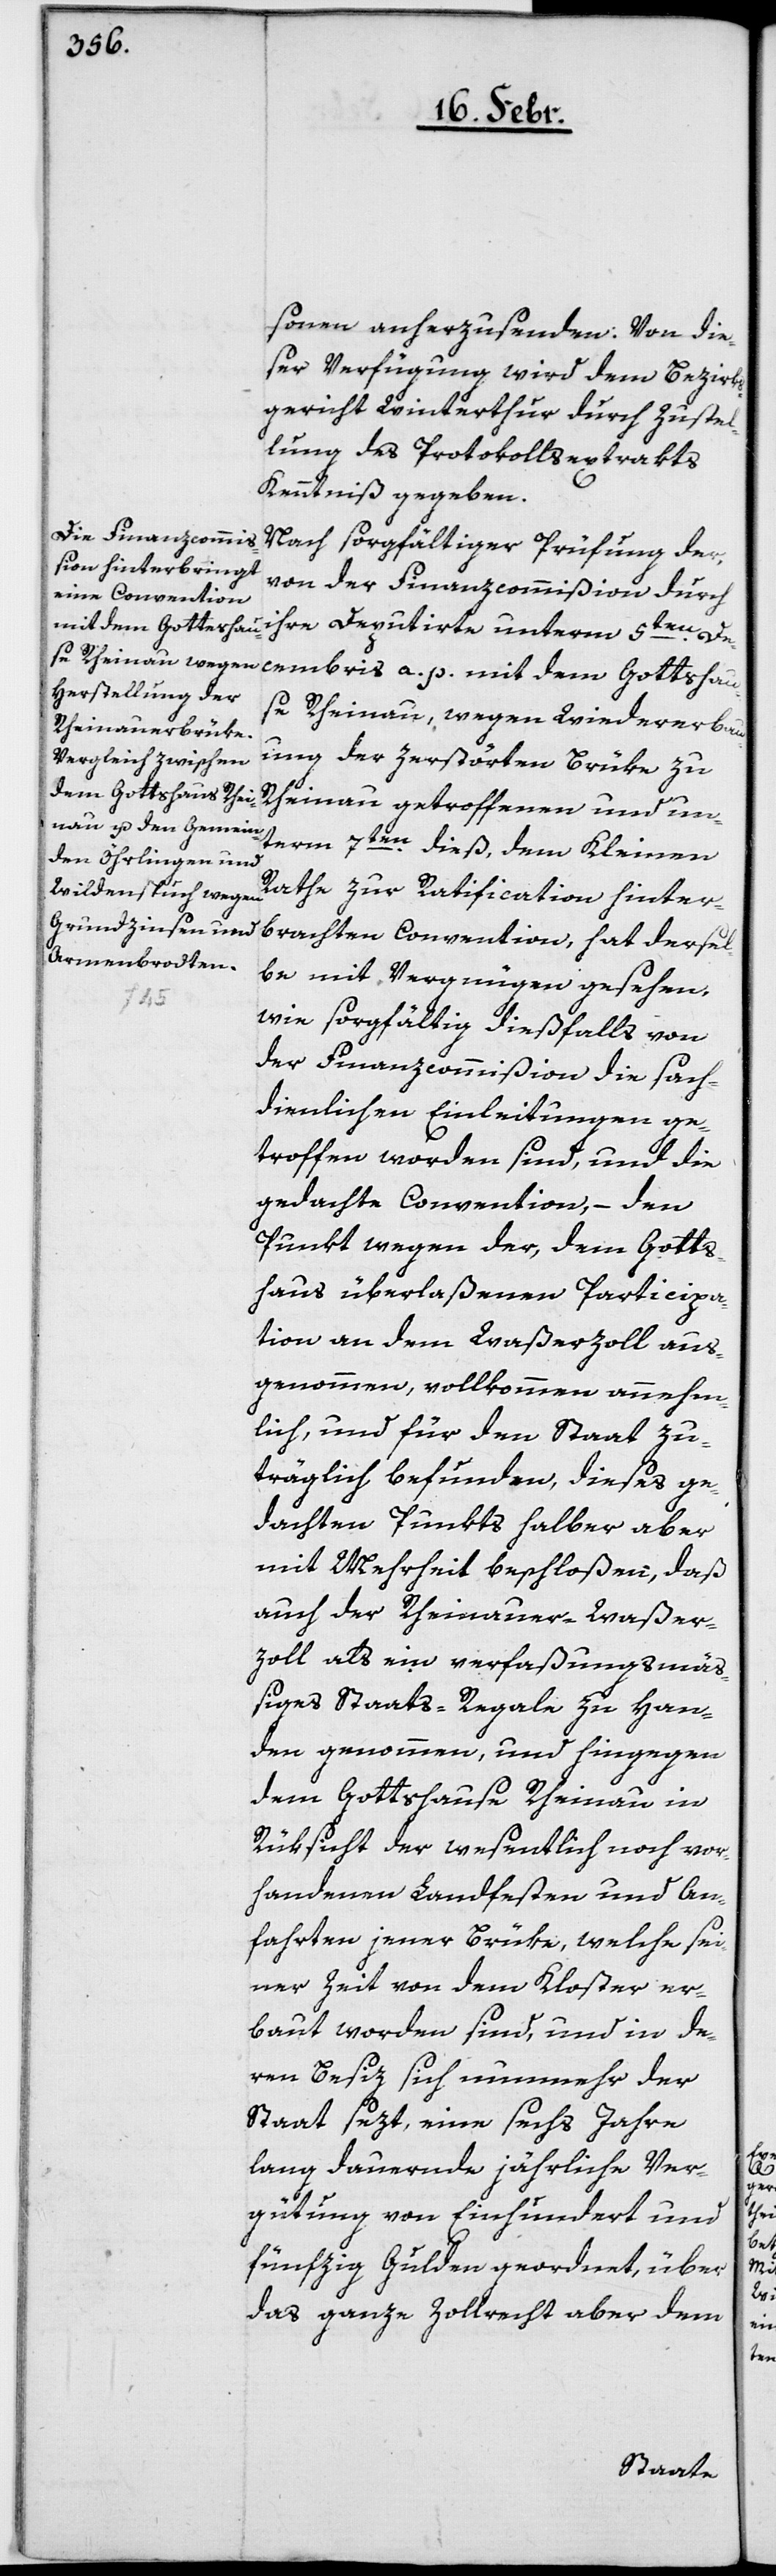
sonen anherzusenden: Von die¬
ser Verfügung wird dem Bezirks¬
gericht Winterthur durch Zustel¬
lung des Protokollsextrakts
Kenntniß gegeben.
Nach sorgfältiger Prüfung der
von der, Finanzcommißion durch
mit dem Gottshau¬
ihre Deputirte unterm 5ten.
se Rheinau, wegen Wiedererbau¬
ung der zerstörten Brüke zu
Rheinau getroffenen und un¬
term 7ten. dieß, dem Kleinen
Rathe zur Ratification hinter¬
brachten Convention, hat dersel¬
be mit Vergnügen gesehen,
wie sorgfältig dießfalls von
der Finanzcommißion die sach¬
dienlichen Einleitungen ge¬
troffen worden sind, und die
gedachte Convention, – den
Punkt wegen der, dem Gotts¬
haus überlaßenen Participa¬
tion an dem Waßerzoll aus¬
genommen, vollkommen annehm¬
lich, und für den Staat zu¬
träglich befunden, dieses ge¬
dachten Punkts halber aber
mit Mehrheit beschloßen, daß
auch der Rheinauer-Waßer¬
zoll als ein verfaßungsmäß¬
iges Staats-Regale zu Han¬
den genommen, und hingegen
dem Gottshause Rheinau in
Rüksicht der wesentlich noch vor¬
handenen Landfesten und An¬
fahrten jener Brüke, welche sei¬
ner Zeit von dem Kloster er¬
baut worden sind, und in de¬
ren Besiz sich nunmehr der
Staat sezt, eine sechs Jahre
lang dauernde jährliche Ver¬
gütung von Einhundert und
fünfzig Gulden geordnet, über
das ganze Zolllrecht aber dem